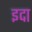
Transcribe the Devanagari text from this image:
इदा